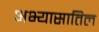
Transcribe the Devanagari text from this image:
अभ्यासातिल